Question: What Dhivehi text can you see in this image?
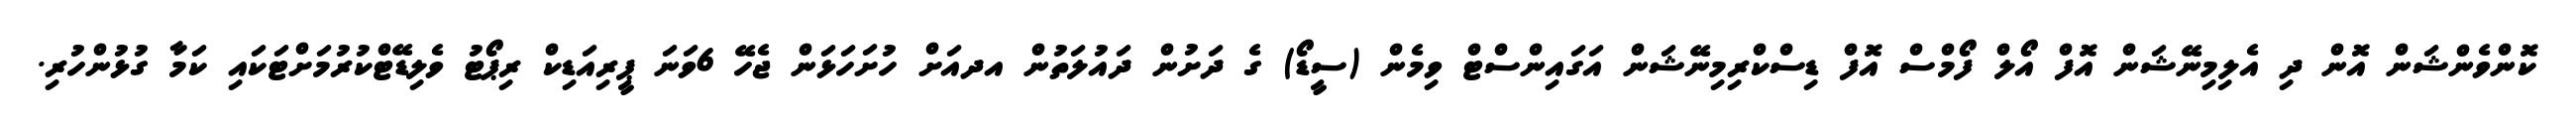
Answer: ކޮންވެންޝަން އޮން ދި އެލިމިނޭޝަން އޮފް އޯލް ފޯމްސް އޮފް ޑިސްކްރިމިނޭޝަން އަގައިންސްޓް ވިމެން (ސީޑޯ) ގެ ދަށުން ދައުލަތުން އދއަށް ހުށަހަޅަން ޖެހޭ 6ވަނަ ޕީރިއަޑިކް ރިޕޯޓު ވެލިޑޭޓްކުރުމަށްޓަކައި ކަމާ ގުޅުންހުރި.